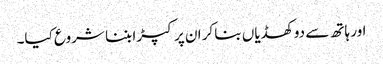
اور ہاتھ سے دو کھڈیاں بنا کر ان پر کپڑا بننا شروع کیا۔